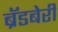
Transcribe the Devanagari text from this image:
ब्रॅडबेरी